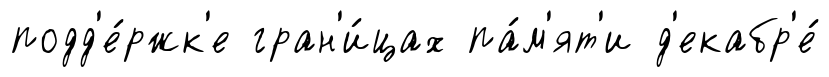
подд'е́ржк'е гран'и́цах па́м'ят'и д'екабр'е́